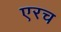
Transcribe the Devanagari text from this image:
एरच